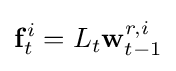
\mathbf {f} _{t}^{i}=L_{t}\mathbf {w} _{t-1}^{r,i}